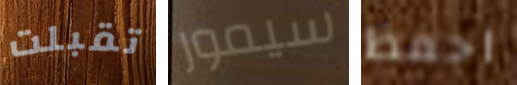
تقبلت سيمور احفظ